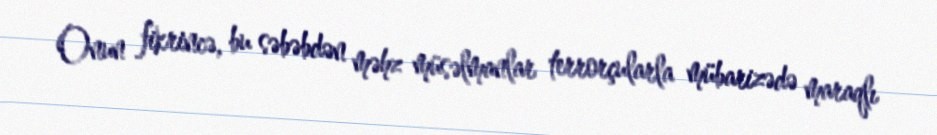
Onun fikrincə, bu səbəbdən məhz müsəlmanlar terrorçularla mübarizədə maraqlı